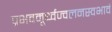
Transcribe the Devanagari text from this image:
प्रभवमूर्ध्वज्वलनस्वभावं